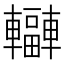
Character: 𨏟